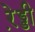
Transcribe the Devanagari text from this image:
रे़ड्डी